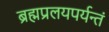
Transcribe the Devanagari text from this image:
ब्रह्मप्रलयपर्यन्तं